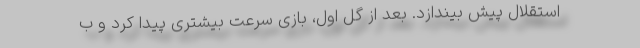
استقلال پیش بیندازد. بعد از گل اول، بازی سرعت بیشتری پیدا کرد و ب